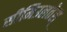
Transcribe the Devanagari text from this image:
सीमिउलतेस्